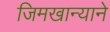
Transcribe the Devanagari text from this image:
जिमखान्याने